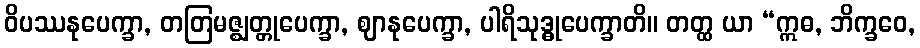
ဝိပဿနုပေက္ခာ, တတြမဇ္ဈတ္တုပေက္ခာ, ဈာနုပေက္ခာ, ပါရိသုဒ္ဓုပေက္ခာတိ။ တတ္ထ ယာ “ဣဓ, ဘိက္ခဝေ,